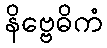
နိဗ္ဗေဓိကံ